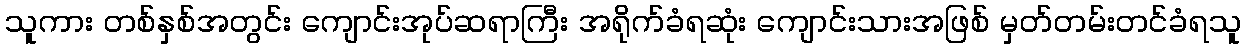
သူကား တစ်နှစ်အတွင်း ကျောင်းအုပ်ဆရာကြီး အရိုက်ခံရဆုံး ကျောင်းသားအဖြစ် မှတ်တမ်းတင်ခံရသူ